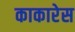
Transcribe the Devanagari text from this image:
काकारेस